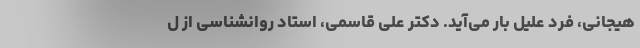
هیجانی، فرد علیل بار می‌آید. دکتر علی قاسمی، استاد روانشناسی از ل